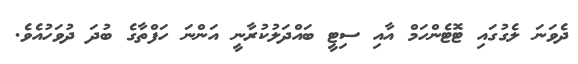
ދެވަނަ ލެގުގައި ޓޮޓެންހަމް އާއި ސިޓީ ބައްދަލުކުރާނީ އަންނަ ހަފްތާގެ ބުދަ ދުވަހުއެވެ.